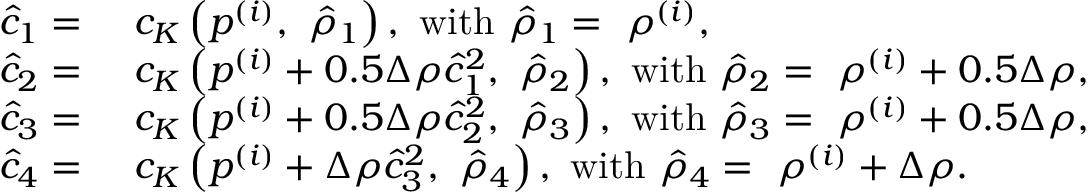
\begin{array} { r l } { \hat { c } _ { 1 } = } & { ~ c _ { K } \left( p ^ { ( i ) } , ~ \hat { \rho } _ { 1 } \right) , ~ \mathrm { w i t h } ~ \hat { \rho } _ { 1 } = ~ \rho ^ { ( i ) } , } \\ { \hat { c } _ { 2 } = } & { ~ c _ { K } \left( p ^ { ( i ) } + 0 . 5 \Delta \rho \hat { c } _ { 1 } ^ { 2 } , ~ \hat { \rho } _ { 2 } \right) , ~ \mathrm { w i t h } ~ \hat { \rho } _ { 2 } = ~ \rho ^ { ( i ) } + 0 . 5 \Delta \rho , } \\ { \hat { c } _ { 3 } = } & { ~ c _ { K } \left( p ^ { ( i ) } + 0 . 5 \Delta \rho \hat { c } _ { 2 } ^ { 2 } , ~ \hat { \rho } _ { 3 } \right) , ~ \mathrm { w i t h } ~ \hat { \rho } _ { 3 } = ~ \rho ^ { ( i ) } + 0 . 5 \Delta \rho , } \\ { \hat { c } _ { 4 } = } & { ~ c _ { K } \left( p ^ { ( i ) } + \Delta \rho \hat { c } _ { 3 } ^ { 2 } , ~ \hat { \rho } _ { 4 } \right) , ~ \mathrm { w i t h } ~ \hat { \rho } _ { 4 } = ~ \rho ^ { ( i ) } + \Delta \rho . } \end{array}